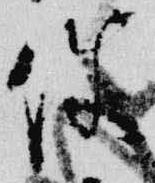
使